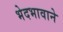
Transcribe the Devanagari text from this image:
भेदभावाने